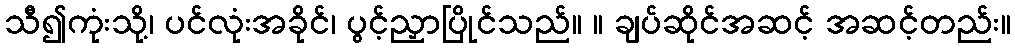
သီ၍ကုံးသို့၊ ပင်လုံးအခိုင်၊ ပွင့်ညှာပြိုင်သည်။ ။ ချပ်ဆိုင်အဆင့် အဆင့်တည်း။